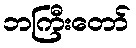
ဘကြီးတော်